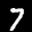
Label: 7